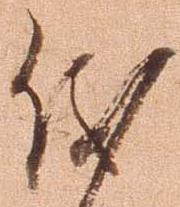
儀